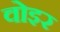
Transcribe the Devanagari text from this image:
वोइर